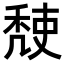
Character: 𥟹